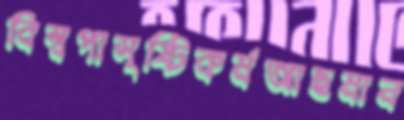
বিশ্বপাসৃষ্টিকর্মআছমান